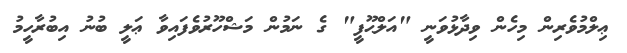
ޢިލްމުވެރިން މިހެން ވިދާޅުވަނީ "އަލްޙޫފީ" ގެ ނަމުން މަޝްހޫރުވެފައިވާ ޢަލީ ބުނު އިބުރާހީމު